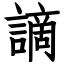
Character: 謫